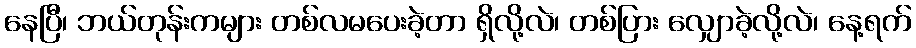
နေပြီ၊ ဘယ်တုန်းကများ တစ်လမပေးခဲ့တာ ရှိလို့လဲ၊ တစ်ပြား လျှောခဲ့လို့လဲ၊ နေ့ရက်